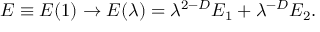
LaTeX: E \equiv E ( 1 ) \rightarrow E ( \lambda ) = \lambda ^ { 2 - D } E _ { 1 } + \lambda ^ { - D } E _ { 2 } .